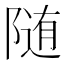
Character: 随